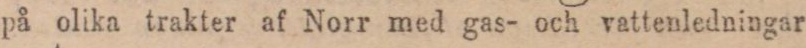
på olika trakter af Norr med gas- och vattenledningar